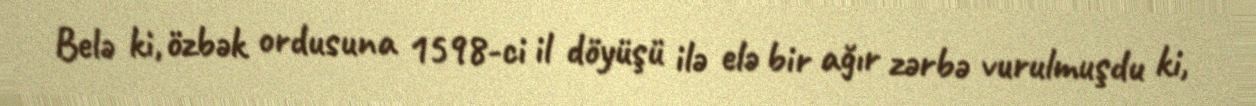
Belə ki, özbək ordusuna 1598-ci il döyüşü ilə elə bir ağır zərbə vurulmuşdu ki,